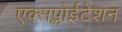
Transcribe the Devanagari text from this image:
एक्सप्लोईटेशन